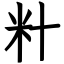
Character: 籵